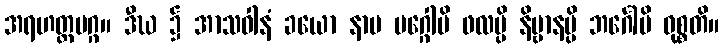
အရဟတ္တမဂ္ဂ။ ဒီဃ ၌ အာသဝါနံ ခယော နာမ မဂ္ဂေါပိ ဖလမ္ပိ နိဗ္ဗာနမ္ပိ ဘင်္ဂေါပိ ဝုစ္စတိ။